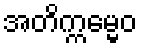
အတိက္ကမ္မေဝ